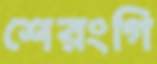
শেরংগি